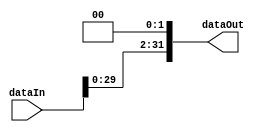
module shiftLeft(dataIn, dataOut);
input [31:0] dataIn;
output [31:0] dataOut;
reg [31:0] dataOut;
always @ (dataIn)
	begin
		dataOut = dataIn << 2;
   end
endmodule